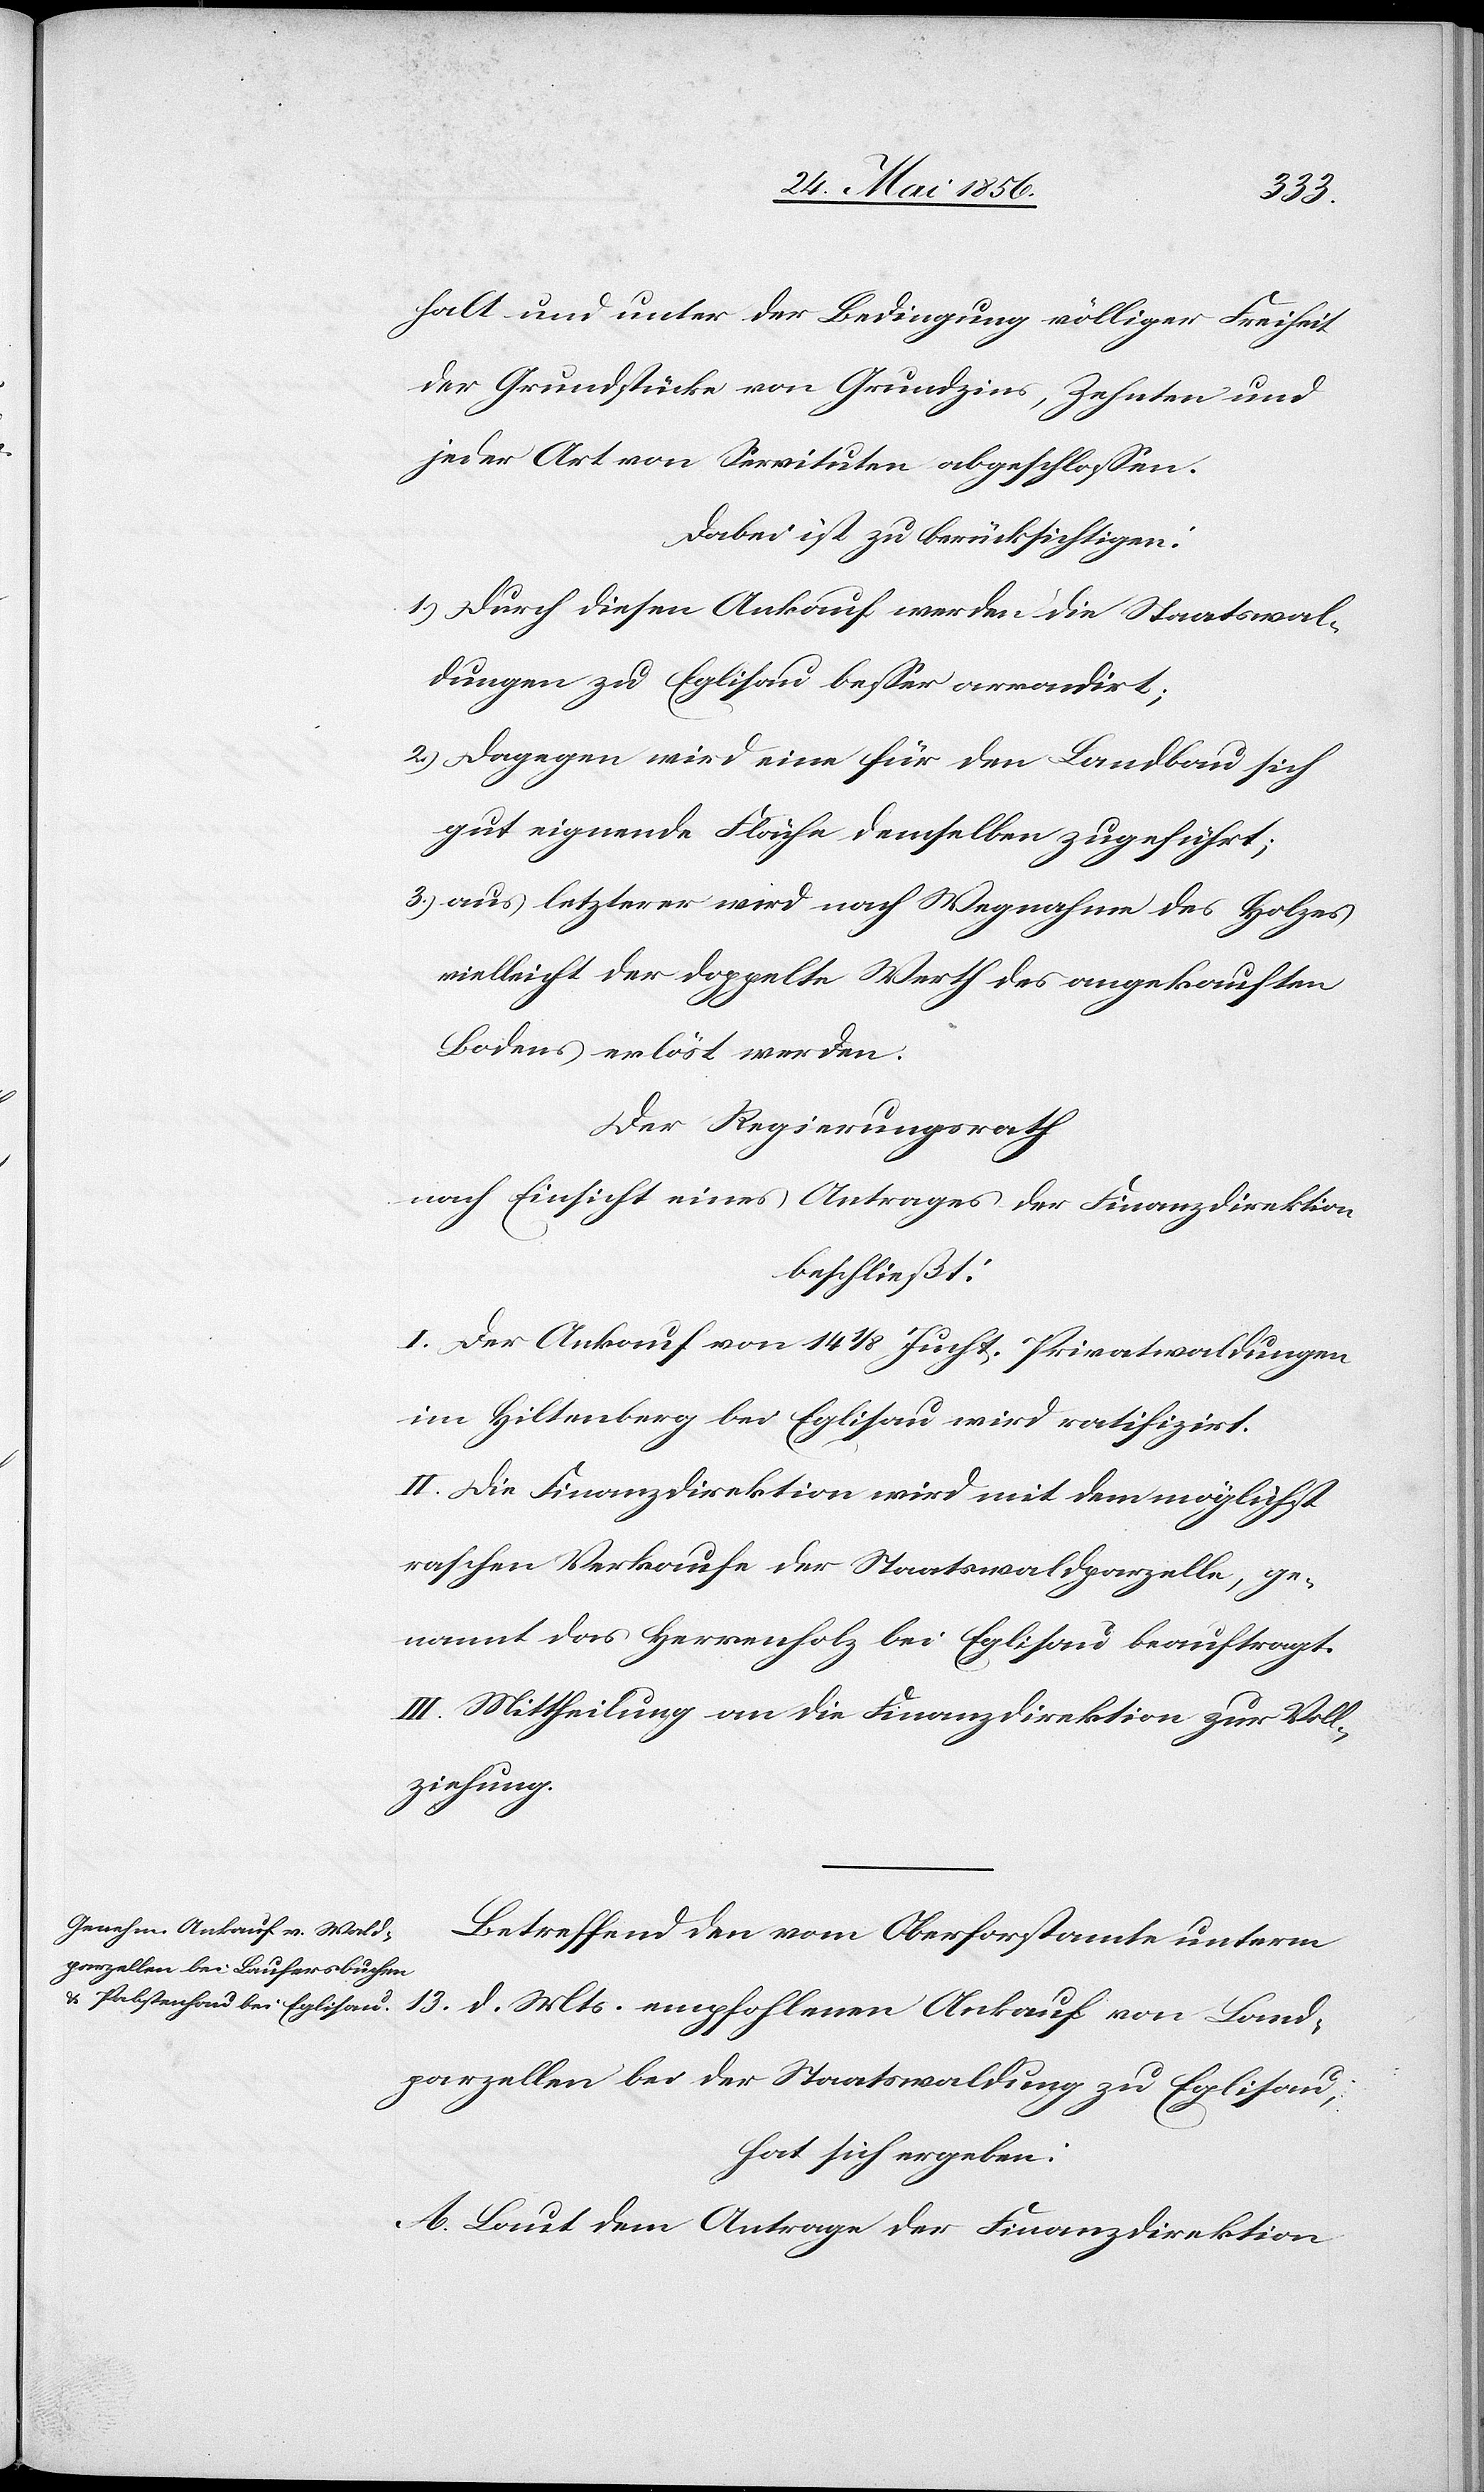
halt und unter der Bedingung völliger Freiheit
der Grundstücke von Grundzins, Zehnten und
jeder Art von Servituten abgeschlossen.
Dabei ist zu berücksichtigen:
1.) Durch diesen Ankauf werden die Staatswal¬
dungen zu Eglisau besser arrondirt;
2.) Dagegen wird eine für den Landbau sich
gut eignende Fläche demselben zugeführt;
3.) aus letzterer wird nach Wegnahme des Holzes
vielleicht der doppelte Werth des angekauften
Bodens erlöst werden.
Der Regierungsrath
nach Einsicht eines Antrages der Finanzdirektion
beschließt:
I. Der Ankauf von 14 1/8 Jucht. Privatwaldungen
im Hiltenberg bei Eglisau wird ratifizirt.
II. Die Finanzdirektion wird mit dem möglichst
raschen Verkaufe der Staatswaldparzelle, ge¬
nannt das Herrenholz bei Eglisau beauftragt.
III. Mittheilung an die Finanzdirektion zur Voll¬
ziehung.
Betreffend den vom Oberforstamte unterm
13. d. Mts. empfohlenen Ankauf von Land¬
parzellen bei der Staatswaldung zu Eglisau,
hat sich ergeben:
A. Laut dem Antrage der Finanzdirektion